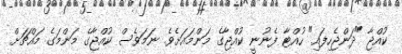
ކުއްޖާ "ދަންޖެހިފައި" ހުއްޓާ ފެނުނީ ކުއްޖާގެ މަންމައަށެވެ. ނަމަވެސް ކުއްޖާގެ މަންމަގެ މައްޗަށް